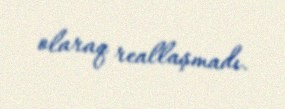
olaraq reallaşmadı.